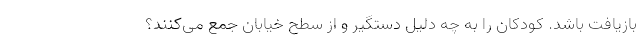
بازیافت باشد. کودکان را به چه دلیل دستگیر و از سطح خیابان جمع می‌کنند؟